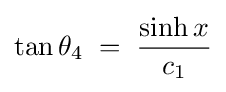
\tan \theta _{4}\;=\;{\frac {\sinh x}{c_{1}}}